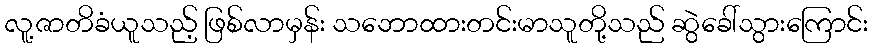
လူ့ဇာတိခံယူသည့် ဖြစ်လာမှန်း သဘောထားတင်းမာသူတို့သည် ဆွဲခေါ်သွားကြောင်း